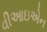
વીઆઇએન